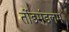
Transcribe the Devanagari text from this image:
तोंडमंडलम